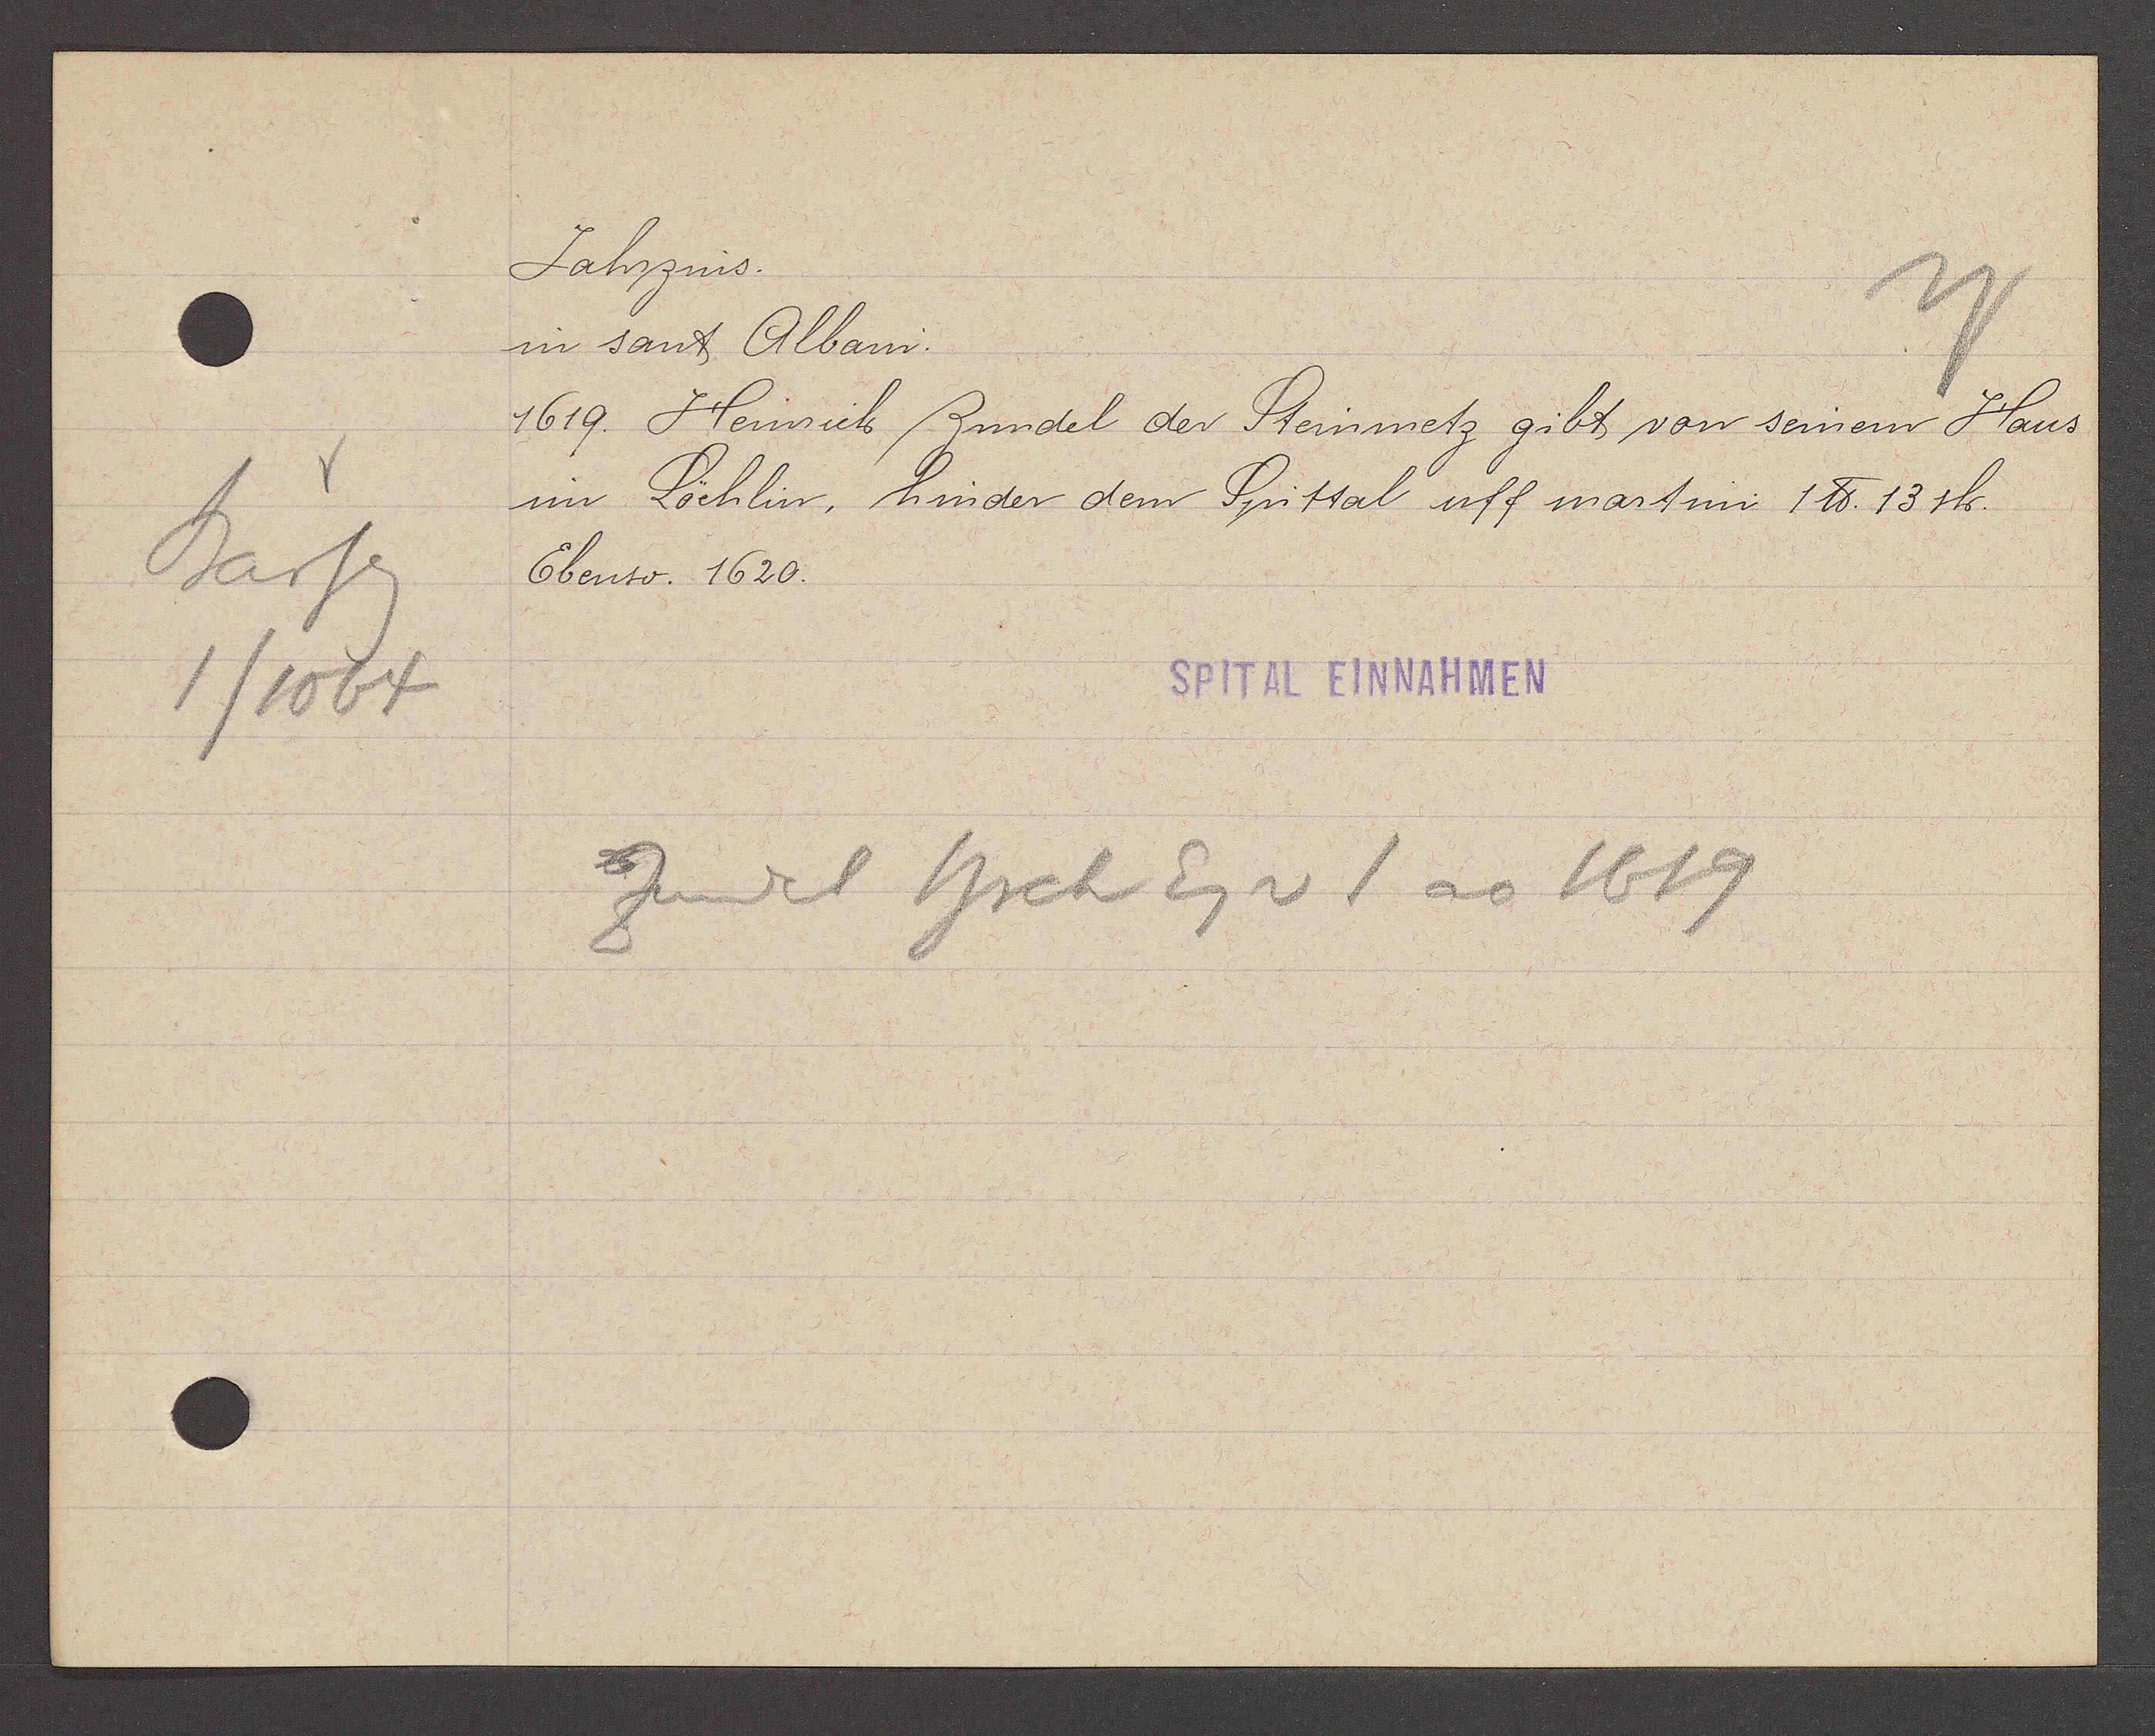
Transcript:
Barfg
1/1064

Jahrzins.

in sant Albani.
1619. Heinrich Zundel der Steinmetz gibt von seinem Haus
im Löchlin, hinder dem Spittal uff martini 1 ℔. 13 sh.
Ebenso. 1620.

SPITAL EINNAHMEN

Zundel hrch Eg v 1 ao 1619